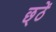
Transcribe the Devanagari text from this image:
छ्ठें